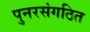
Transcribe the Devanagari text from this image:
पुनरसंगठित